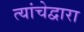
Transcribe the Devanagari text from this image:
त्यांचेद्वारा